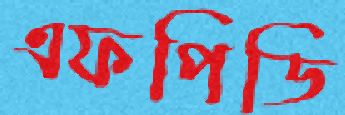
এফপিডি